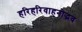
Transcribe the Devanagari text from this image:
हरिहरिवाहनोद्भव